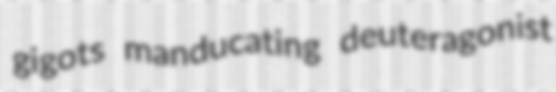
gigots manducating deuteragonist